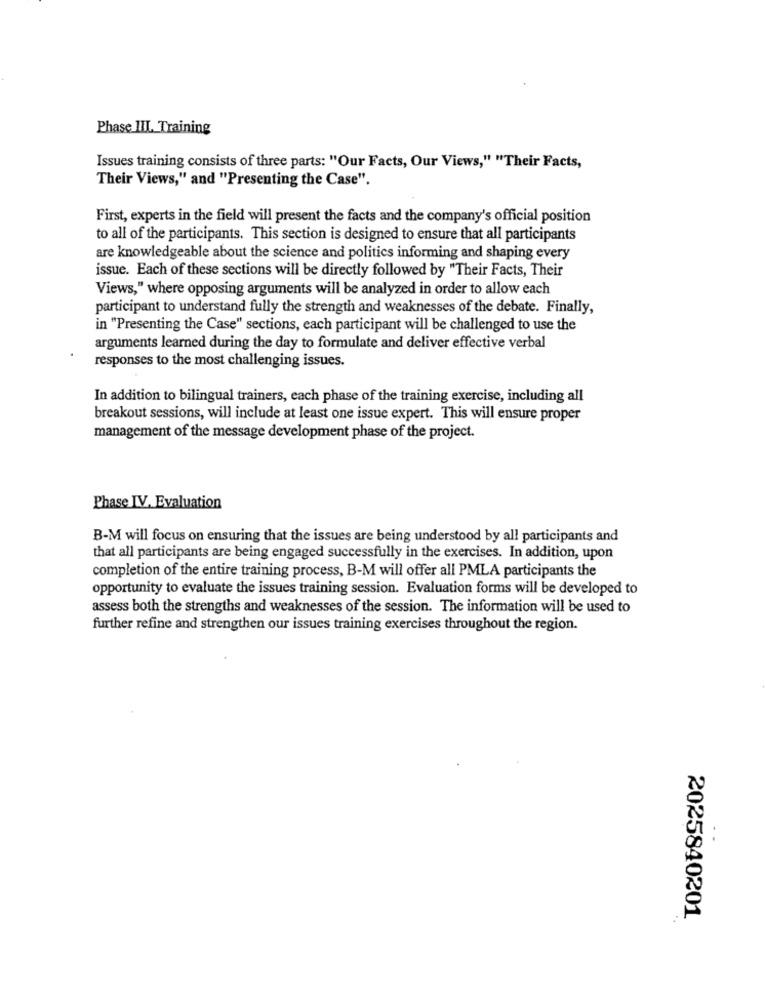
Phase III. Training
Issues training consists of three parts: "Our Facts, Our Views," "Their Facts,
Their Views," and "Presenting the Case".
First, experts in the field will present the facts and the company's official position
to all of the participants. This section is designed to ensure that all participants
are knowledgeable about the science and politics informing and shaping every
issue. Each of these sections will be directly followed by "Their Facts, Their
Views," where opposing arguments will be analyzed in order to allow each
participant to understand fully the strength and weaknesses of the debate. Finally,
in "Presenting the Case" sections, each participant will be challenged to use the
arguments learned during the day to formulate and deliver effective verbal
responses to the most challenging issues.
In addition to bilingual trainers, each phase of the training exercise, including all
breakout sessions, will include at least one issue expert. This will ensure proper
management of the message development phase of the project.
Phase IV. Evaluation
B-M will focus on ensuring that the issues are being understood by all participants and
that all participants are being engaged successfully in the exercises. In addition, upon
completion of the entire training process, B-M will offer all PMLA participants the
opportunity to evaluate the issues training session. Evaluation forms will be developed to
assess both the strengths and weaknesses of the session. The information will be used to
further refine and strengthen our issues training exercises throughout the region.
2025840201